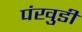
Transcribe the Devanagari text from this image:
पंखुडी